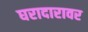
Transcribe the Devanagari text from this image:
घरादारावर